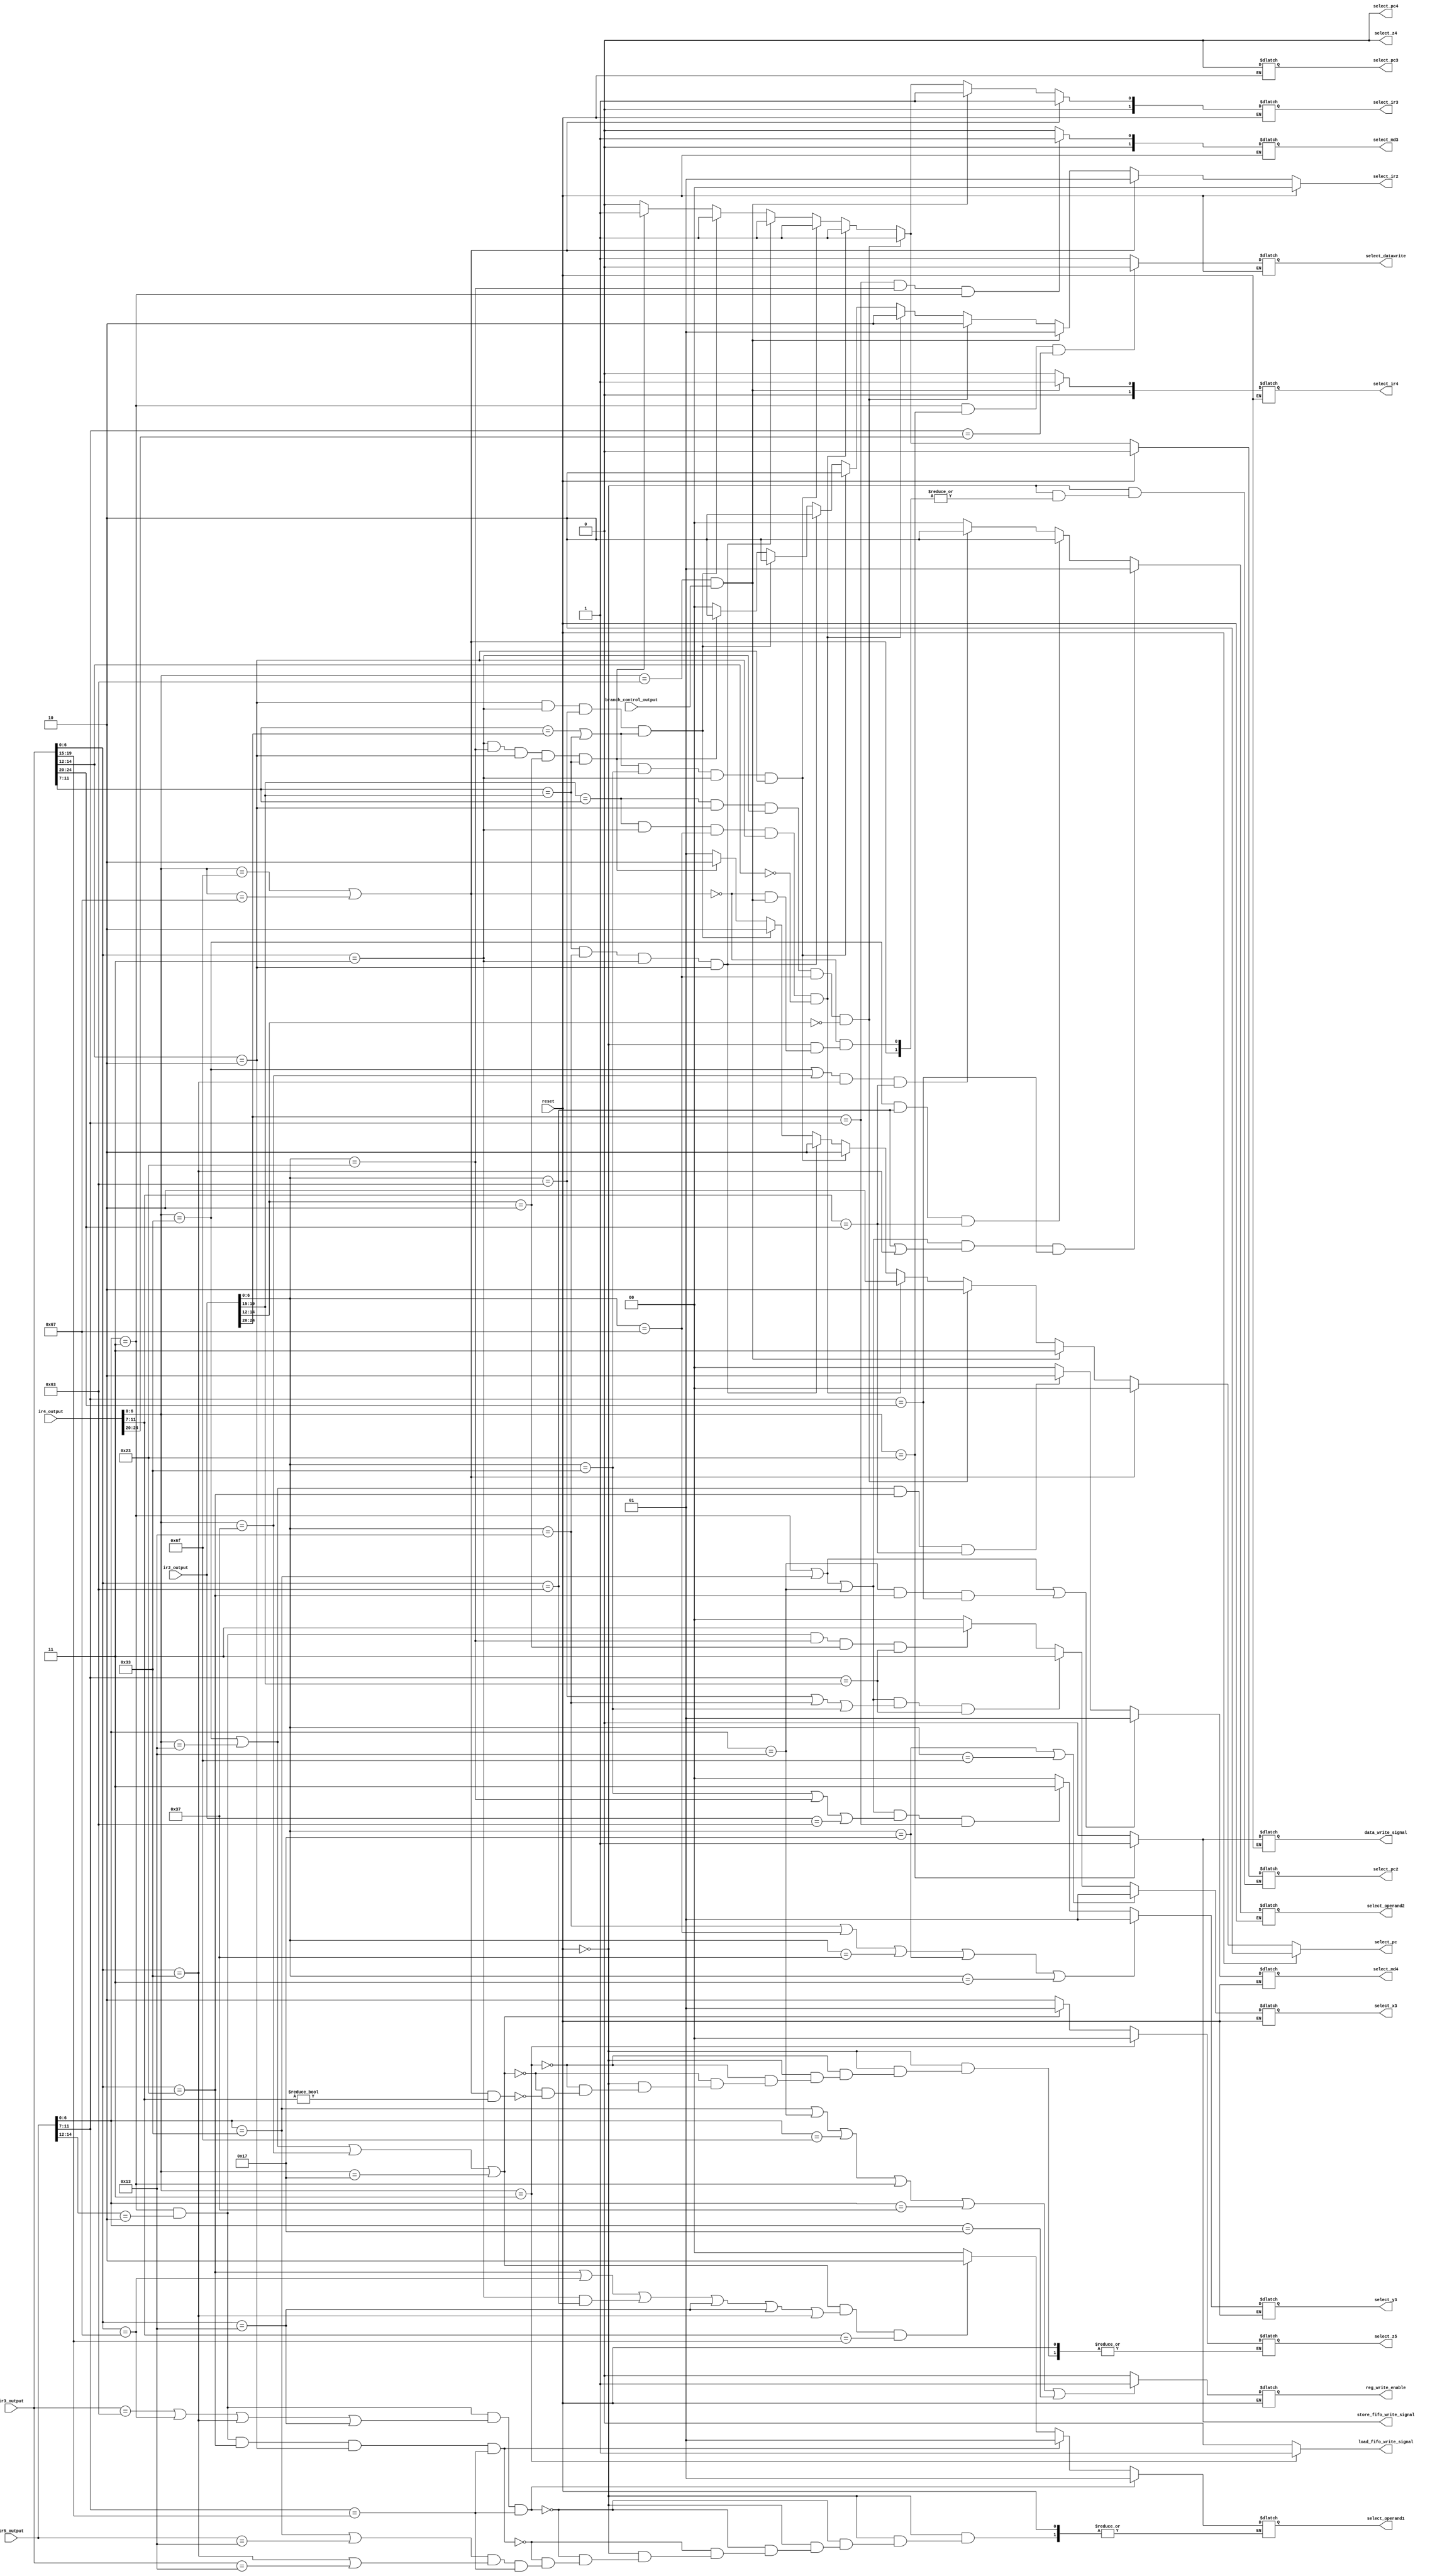
// control for pc4z4 has to be done - not req
// control part for pc4 has to be done - done
// mux has to be added at ir4_input for nop - not req  
//branch signal has to be added  - done 
//branch address after stage 3 has to be added and connected to pc mux 
//reset has to be added 
// lui and auipc has to be considered seperately for hazards 
module control(reset,ir2_output,ir3_output,ir4_output,ir5_output,branch_control_output,select_pc,select_pc2,select_ir2,select_ir3,select_ir4,select_pc3,select_x3,select_y3,select_md3,select_operand1,select_operand2,select_md4,select_datawrite,select_z5,reg_write_enable,data_write_signal,select_z4,select_pc4,load_fifo_write_signal,store_fifo_write_signal);
input branch_control_output;
input[31:0] ir2_output,ir3_output,ir4_output,ir5_output; // instruction reg of each stage;
output[1:0] select_pc,select_ir2,select_ir3,select_x3,select_y3,select_md3,select_operand1,select_operand2,select_md4,select_z5;
output select_pc2,select_pc3,select_datawrite,reg_write_enable,data_write_signal;
output[1:0] select_ir4;
output select_z4;
output select_pc4;
output load_fifo_write_signal;
output store_fifo_write_signal;
reg select_z4;
reg[1:0] select_pc,select_ir2,select_ir3,select_x3,select_y3,select_md3,select_operand1,select_operand2,select_md4,select_z5;
reg select_pc2,select_pc3,select_datawrite,output_reg_enable,reg_write_enable,data_write_signal;
input reset;
reg[1:0] select_ir4;
reg select_pc4;
reg load_fifo_write_signal;
reg store_fifo_write_signal;

always @(*)
		begin
if(reset==1)
		begin
		select_pc = 2;
		select_ir2 = 0;
		select_pc2 = 0;
		end
else
		begin
if((ir4_output[6:0]==7'b1100111)||(ir4_output[6:0]==7'b1101111)) //jump
	begin
		select_pc = 0;  //pc = jump add
		select_ir2 = 1; //nop
		//	select_pc2 = 1;
		select_ir3 = 1; //nop
		//	select_pc3 = 1;
		//	select_x3 = 0;
		//	select_y3 = 0;
		//	select_md3 = 0;
		select_ir4 = 1; //nop
	end
else if(ir4_output[6:0] == 7'b1100011 && branch_control_output == 1 )//branch
	begin
	$display("workd");
		select_pc = 3;  // pc = branch add
		select_ir2 = 1; //nop
		//	select_pc2 = 1;
		select_ir3 = 1; //nop
		//	select_pc3 = 1;
		//	select_x3 = 0;
		//	select_y3 = 0;
		//	select_md3 = 0;
		select_ir4 = 1; //nop 
	end
else if(ir2_output[19:15] == ir3_output[11:7]&&(ir3_output[14:12] == 3'b010) && (ir3_output[6:0] == 7'b0000011) && (ir2_output[6:0] == 7'b1100111) && (ir2_output[14:12] == 3'b000))
	begin                                           // Lw rd,imm(rs1)  JALR rs1,rd,imm/jr imm(rd)  
		select_pc = 2; //pc = old pc
		select_pc2 = 1; //pc2 = old pc2 stall
		select_ir2 = 2; //stall 
		select_ir3 = 1; //nop in stage 3
		//select_z4 = 0;
	end
else if((ir2_output[19:15] == ir3_output[11:7])&&(ir3_output[6:0] == 7'b0000011) && (ir2_output[6:0] == 7'b1100111) && (ir3_output[14:12] == 3'b010) && (ir3_output[14:12] == 3'b000))   // Lw r, imm(rs1)  Beq rs1,r,imm
	begin
		select_pc = 2; // pc = old pc
		select_pc2 = 1; // pc2 = old pc2 stall 
		select_ir2 = 2; //stall
		select_ir3 = 1; //nop in stage 3	
	end
else if(((ir3_output[11:7]== ir2_output[24:20])||(ir3_output[11:7]==ir2_output[19:15]))&&(ir2_output[6:0]==7'b0110011)&&(ir3_output[6:0]==7'b0000011)&&(ir3_output[14:12] == 3'b010)) // Lw r, imm(rs1) addi r3, r ,rs2
	begin
		select_pc = 2; // pc = old pc (stall)
		select_pc2 = 1; // pc2 = old pc2 (stall)	
		select_ir2 = 2; // stall 
		select_ir3 = 1; // nop in stage 3
	end
else if((ir3_output[11:7]==ir2_output[19:15])&&(ir2_output[6:0]==7'b0010011)&&(ir3_output[6:0]==7'b0000011)&&(ir3_output[14:12] == 3'b010)) // Lw r, imm(rs1) add r3, r ,rs2
	begin
		select_pc = 2;
		select_pc2 = 1;
		select_ir2 = 2;
		select_ir3 = 1;
	end
else if((ir3_output[14:12]==3'b010)&&(ir3_output[6:0]==7'b0000011)&&(ir2_output[6:0]==7'b1100011)&&((ir3_output[11:7]==ir2_output[24:20])||(ir3_output[11:7]==ir2_output[19:15]))) //Lw r,imm(rs1) Beq rs1,r,imm
	begin
		select_pc = 2;  //pc = old pc (stall)
		select_pc2 = 1;	//pc2 = old pc2(stall)
		select_ir2 = 2; //stall
		select_ir3 = 1; //nop in stage 3
	end
else if((ir3_output[6:0]==7'b0000011)&&(ir2_output[6:0]==7'b0100011)&&(ir3_output[14:12]==3'b010)&&(ir2_output[14:12]==3'b010)&&(ir3_output[11:7]==ir2_output[19:15])) // Lw rd, imm(rs1) Sw rs2, imm(rd)
	begin
		select_pc = 2; 
		select_pc2 = 1;
		select_ir2 = 2;
		select_ir3 = 1;
	end 
else       // for all other instructions
	begin
		select_pc = 1;
		select_pc2 = 0;
		select_ir2 = 0;
		select_ir3 = 0;
	end	

	/*	//control for x3
		if((ir2[6:0]==7'b0010111)||(ir2[6:0]==7'b1101111)) // pc relative addressing //auipc or jal
		begin
		select_x3 = 1;
		end
		else if((ir5[6:0] ==7'b0000011)&&(ir2[6:0]==7'b1100111&&ir2[11:7]!=5'b00000)&&(ir2[19:15]==ir5[11:7])) // Lw rd, imm(rs1) JALR rs1,rd,imm
	begin
	select_x3 = 3;
	end

	else if((ir5[6:0]==7'b0000011)&&(ir2[6:0]==7'b1100111&&ir2[11:7]==5'b00000)&&(ir5[11:7]==ir2[19:15])) //Lw rd,imm(rs1) JR rd
		begin
		select_x3 = 3;
		end*/
	
		//control for x3
if((ir2_output[6:0]==7'b0010111)||(ir2_output[6:0]==7'b1101111)) // pc relative addressing //auipc or jal
	begin
		select_x3 = 1;
	end
else if((ir5_output[6:0] == 7'b0000011||ir5_output[6:0]==7'b0110011||ir5_output[6:0]==7'b0010011) && (ir2_output[6:0]==7'b1100011||ir2_output[6:0]==7'b0010011||ir2_output[6:0]==7'b0110011) && (ir5_output[11:7] == ir2_output[19:15]))//Lw rd, imm(rs1) JALR rs1,rd,imm
	begin                    //forwaded                                                   // Lw rd,imm(rs1) JR rd
		select_x3 = 3;																 //Lw rd, imm(rs1) Beq rs1,rd,imm
	end							// addi/add   beq
else if(ir5_output[6:0]==7'b0000011&&ir5_output[14:12]==3'b010&&ir2_output[6:0]==7'b0100011&&ir2_output[14:12]==3'b010&&ir5_output[11:7]==ir2_output[19:15])
	begin // Lw rd,imm(rs1)  sw rs2,imm(rd)
		select_x3 = 3;
	end
else
	begin
		select_x3 = 0;
	end

	//control for y3
if((ir2_output[6:0]==7'b0010011)||ir2_output[6:0]==7'b1100111||ir2_output[6:0]==7'b0110111||ir2_output[6:0]==7'b0010111||ir2_output[6:0]==7'b0000011)	//sign extended value jr/jalr/arithmetic imm //lui // auipc //lw
	begin
		select_y3 = 1;
	end
else if((ir5_output[6:0]==7'b0000011||ir5_output[6:0]==7'b0110011||ir5_output[6:0]==7'b0010011)&&(ir2_output[6:0]==7'b0110011||ir2_output[6:0]==7'b0100011||ir2_output==7'b1100011)&&(ir2_output[24:20]==ir5_output[11:7]))//Lw rd,imm(rs1) Add r3,rd,rs2
	begin					// lw beq //addi beq //add beq
		select_y3 = 3;      //Lw rd, imm(rs1) Beq rs1,rd,imm   //forwaded from z5	
	end

else
	begin
		select_y3 = 0;
	end

//control for pc3
	select_pc3 = 0;


	//control for md3
if(ir2_output[24:20]==ir5_output[11:7]&&ir2_output[6:0]==7'b0100011&&ir5_output[6:0]==7'b0000011)
	begin	
		select_md3 = 1;
	end
else
	begin
		select_md3 = 0;
	end
	
	//control for operand1
if((ir5_output[6:0]==7'b0000011)&&(ir5_output[14:12]==3'b010)&&((ir3_output==7'b1100011)||(ir3_output[6:0]==7'b1100111)||(ir3_output[6:0]==7'b0110011)||(ir3_output[6:0]==7'b0010011))&&(ir5_output[11:7]==ir3_output[19:15])) // 	Lw rd, imm(rs1) Beq rs1,rd,imm
	begin
		select_operand1 = 1; //forward from z5//Lw rd, imm(rs1) JALR rs1,imm(rd)//Lw rd,imm(rs1) Jr rd// Lw rd,imm(rs1),add r3,rd,rs2/addi
	end
else if((ir5_output[6:0]==7'b0000011)&&(ir5_output[14:12]==3'b010)&&(ir3_output[6:0]==7'b0100011)&&(ir3_output[14:12]==3'b010)&&(ir5_output[11:7]==ir3_output[19:15]))
	begin
		select_operand1 = 1; // Lw rd,imm(rs1) sw rs2,imm(rd)
	end
else if((ir5_output[6:0]==7'b0110011||ir5_output==7'b0010011)&&(ir3_output[6:0]==7'b0110011||ir3_output==7'b0010011)&&(ir5_output[11:7]==ir3_output[19:15]));
else if((ir4_output[6:0]==7'b0110011||ir4_output[6:0]==7'b0010011||ir4_output[6:0]==7'b0110111||ir4_output[6:0]==7'b0010111)&&((ir3_output[6:0]==7'b0100011)||(ir3_output[6:0]==7'b1100111)||(ir3_output[6:0]==7'b0000011)&&(ir3_output[6:0]==7'b1100011)||(ir3_output[6:0]==7'b0010011)||(ir3_output[6:0]==7'b0010011)||(ir3_output[6:0]==7'b0110011))&&ir4_output[11:7]==ir3_output[19:15]) // lui followed by add or addi
	begin        //lui followed by branch instructions //forward from z4  //lui follwed by jr or jalr //auipc follwed by add/addi/jr/jalr/sw
		select_operand1 = 2;
	end
else
	begin
		select_operand1 = 0;
	end

		//control for operand2 
if((ir5_output[6:0]==7'b0000011||ir5_output[6:0]==7'b0110011||ir5_output[6:0]==7'b0010011)&&((ir3_output[6:0]==7'b1100011||ir3_output[6:0]==7'b0110011))&&(ir5_output[11:7]==ir3_output[24:20])) //forward from z5
	begin //lw beq/add   //add add //sub add                                                                        
		select_operand2 = 1;
	end
else if((ir4_output[6:0]==7'b0110011)&&((ir3_output[6:0]==7'b1100011))&&(ir4_output[11:7]==ir3_output[24:20]))
	begin //add beq 
		select_operand2 = 2;
	end
else if((ir4_output[6:0]==7'b0110011||ir4_output[6:0]==7'b0110111)&&(ir3_output[6:0]==7'b0110011)&&(ir4_output[11:7]==ir3_output[24:20])) //add add forwarding from z4 
	begin // add add forward from z4 //lui add
		select_operand2 = 2;
	end
else
	begin
		select_operand2 = 0;
	end

//control for md4
if((ir5_output[6:0]==7'b0000011)||(ir5_output[6:0]==7'b0110011)||(ir5_output[6:0]==7'b0010011)&&(ir3_output[6:0]==7'b0100011)&&(ir5_output[11:7]==ir3_output[24:20])) // Lw rd,imm1 Sw rd,imm2  //Add rd,r1,r2 / Addi  Sw rd,imm //forward from z5
	begin
		select_md4 = 1;
	end
else if(((ir4_output[6:0]==7'b0110011)||(ir4_output[6:0]==7'b0010011))&&(ir3_output[6:0]==7'b0100011)&&(ir4_output[11:7]==ir3_output[24:20]))//Add rd,r1,r2 /Addi 	Sw rd,imm
	begin
		select_md4 = 2;
	end
else 
	begin
		select_md4 = 0;
	end
	

	// **stage 4th controls 
	//control for ir4	
	if(ir4_output[6:0] == 7'b1100011 && branch_control_output == 1)
	begin
	select_ir4 = 1;
	end
	else
	begin
	select_ir4 = 0;
	end
	//control for z5
if(ir4_output[6:0]==7'b0000011)  //Connected to read data (For load instructions)
	begin
		select_z5 = 0;
	end
else if(ir4_output[6:0]==7'b0110011||ir4_output[6:0]==7'b0010011||ir4_output[6:0]==7'b0110111||ir4_output[6:0]==7'b0010111) //Connected to Z4 (For arithmetic instructions)
	begin
		select_z5 = 1;
	end
else if(((ir4_output[6:0]==7'b1101111)||(ir4_output[6:0]==7'b1100111))&&(ir4_output[11:7]!=5'b00000)) //Connected to PC4 For jump and link instructions
	begin
		select_z5 = 2;
	end

	//control for datawrite
if((ir5_output[6:0]==7'b0000011)&&(ir4_output[6:0]==7'b0100011)&&(ir5_output[11:7]==ir4_output[24:20]))//lw rd, imm(rs1) sw rd,imm(rs2)
	begin			
		select_datawrite = 0;    //forward from z5
	end
else
	begin
		select_datawrite = 1;
	end

	// data_Write_signal
if(ir4_output[6:0]==7'b0100011) // only 1 for sw instruction
	begin
		data_write_signal = 1;
	end
else
	begin
		data_write_signal = 0;
	end	
	
	//reg_write_enable
if(ir5_output[6:0]==7'b0110011||ir5_output[6:0]==7'b0010011||ir5_output[6:0]==7'b1101111||ir5_output[6:0]==7'b0000011||ir5_output[6:0]==7'b0110111||ir5_output[6:0]==7'b0010111) //r-type i-type and j and link-type ins //lw //lui //auipc
	begin	
		reg_write_enable = 1;
	end
else 
	begin
		reg_write_enable = 0;
	end
end

//control for z4 mux
select_z4 = 0;

//control for pc4
select_pc4 = 0;

if(ir4_output[6:0]==7'b0000011)   //lw
	begin
		load_fifo_write_signal = 1;
	end
else
	begin
		load_fifo_write_signal = 0;
	end

if(ir4_output[6:0]==7'b0100011)  //sw
	begin
		$display("hey");
		store_fifo_write_signal = 1;
	end
else 
	begin
		store_fifo_write_signal = 0;
	end





end
endmodule